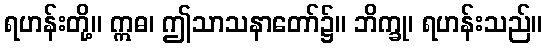
ရဟန်းတို့။ ဣဓ၊ ဤသာသနာတော်၌။ ဘိက္ခု၊ ရဟန်းသည်။